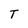
Character: T